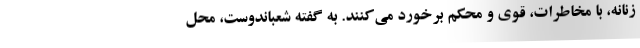
زنانه، با مخاطرات، قوی و محکم برخورد می‌کنند. به گفته شعباندوست، محل